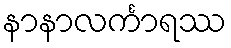
နာနာလင်္ကာရဿ